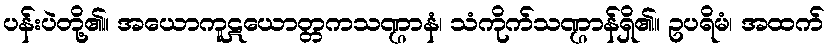
ပန်းပဲတို့၏။ အယောကူဋယောတ္တကသဏ္ဌာနံ၊ သံကိုက်သဏ္ဌာန်ရှိ၏။ ဥပရိမံ၊ အထက်